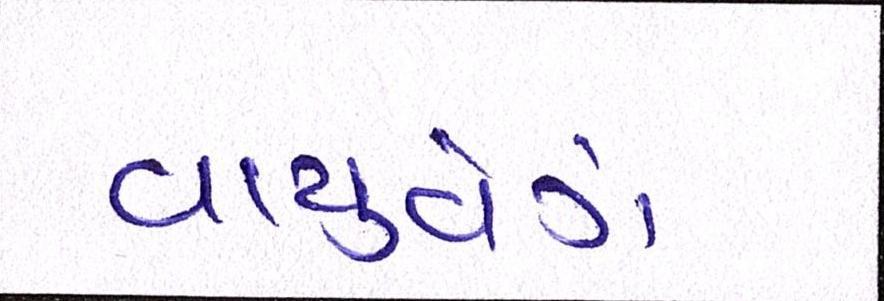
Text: વાયુવેગે